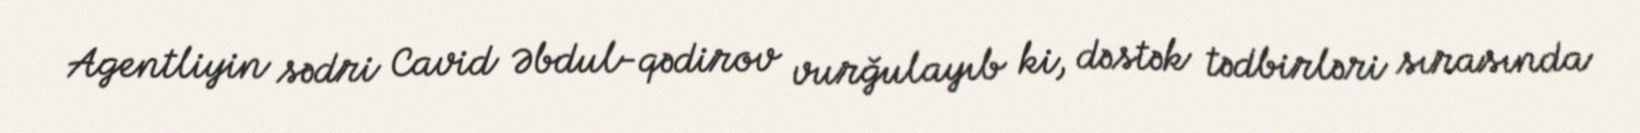
Agentliyin sədri Cavid Əbdul-qədirov vurğulayıb ki, dəstək tədbirləri sırasında